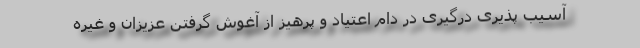
آسیب پذیری درگیری در دام اعتیاد و پرهیز از آغوش گرفتن عزیزان و غیره